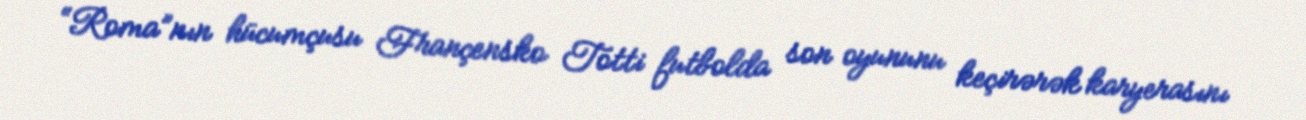
“Roma”nın hücumçusu Françensko Totti futbolda son oyununu keçirərək karyerasını